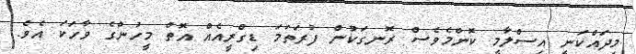
މިދައްކަނީ އިސްލާމީ ކޮންމެވެސް ރޮނގަކުން ފުރަތަމަ ޑިގްރީއެއް އޮތް މީހުންގެ ވާހަކަ އެވެ.